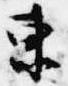
東